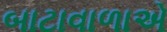
બાટાવાળાએ